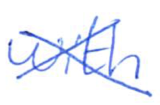
Text: with
Cross-out: cross
Writing tool: ballpoint